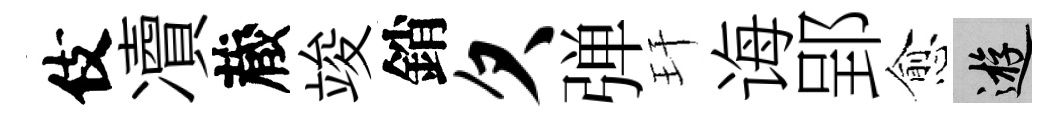
伎凟蔵竣銷欠弹玕诲郢愈游